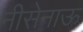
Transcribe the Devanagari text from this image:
नीसेनाऊ